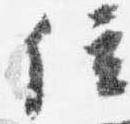
位